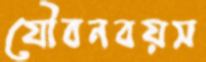
যৌবনবয়স